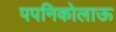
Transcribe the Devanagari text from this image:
पपनिकोलाऊ